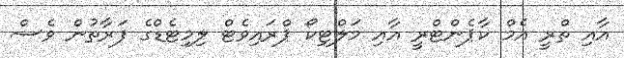
އާއި ތްރީ އެމް ކާޕެންޓްރީ އާއި މަލްޓިކޯ ޕްރައިވެޓް ލިމިޓެޑްގެ ފަރާތުން ވެސް